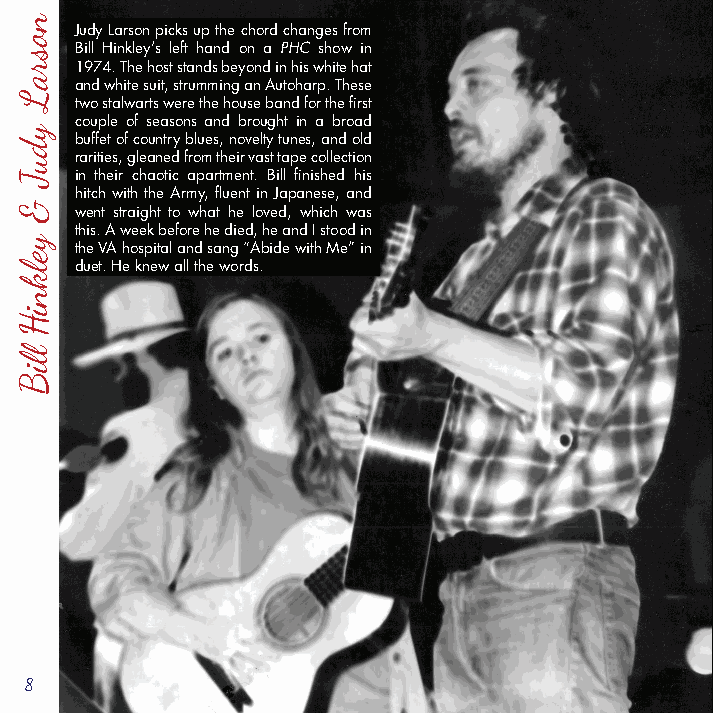
Judy Larson picks up the chord changes from
 Bill Hinkley’s left hand on a PHC show in
 1974. The host stands beyond in his white hat
 and white suit, strumming an Autoharp. These
 two stalwarts were the house band for the first
 couple of seasons and brought in a broad
 buffet of country blues, novelty tunes, and old
 rarities, gleaned from their vast tape collection
 in their chaotic apartment. Bill finished his
 hitch with the Army, fluent in Japanese, and
 went straight to what he loved, which was
 this. A week before he died, he and I stood in
 the VA hospital and sang “Abide with Me” in
 duet. He knew all the words.
 8
 nosraL
 yduJ
 &
 yelkniH
 lliB